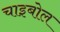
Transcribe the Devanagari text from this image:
चाइबोल